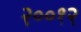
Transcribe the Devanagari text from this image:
२००१२